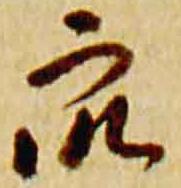
衆